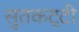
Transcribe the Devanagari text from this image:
सुतकट्टी